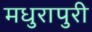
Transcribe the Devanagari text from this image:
मधुरापुरी